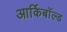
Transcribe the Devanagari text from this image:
आर्किबॉल्ड